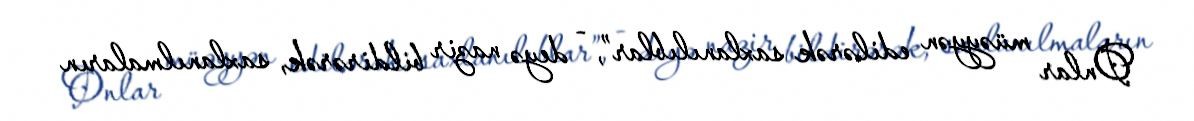
Onlar müəyyən edilərək saxlanılıblar”, - deyə nazir bildirərək, saxlanılmaların